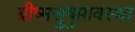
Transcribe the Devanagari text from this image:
ग्रीष्मसुषुप्तावस्था